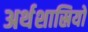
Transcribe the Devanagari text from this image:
अर्थशास्रियों